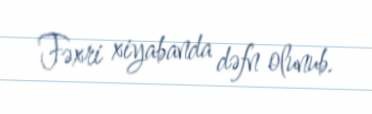
Fəxri xiyabanda dəfn olunub.